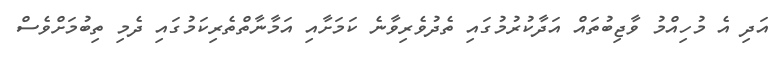
އަދި އެ މުހިއްމު ވާޖިބުތައް އަދާކުރުމުގައި ތެދުވެރިވާނެ ކަމަށާއި އަމާނާތްތެރިކަމުގައި ދެމި ތިބުމަށްވެސް